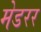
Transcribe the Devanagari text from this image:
मेडरर